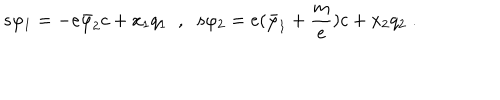
s \varphi _ { 1 } = - e \bar { \varphi } _ { 2 } c + x _ { 1 } q _ { 1 } \; \; , \; \; s \varphi _ { 2 } = e ( \bar { \varphi } _ { 1 } + \frac m e ) c + x _ { 2 } q _ { 2 } \; .